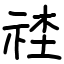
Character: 𥙭